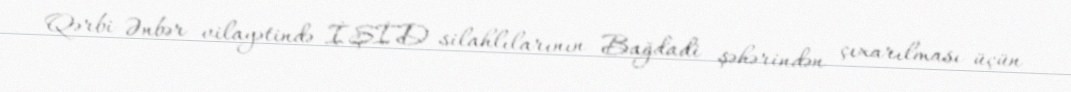
Qərbi Ənbər vilayətində İŞİD silahlılarının Bağdadi şəhərindən çıxarılması üçün